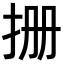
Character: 𪭪